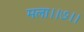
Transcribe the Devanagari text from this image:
मला।।७।।